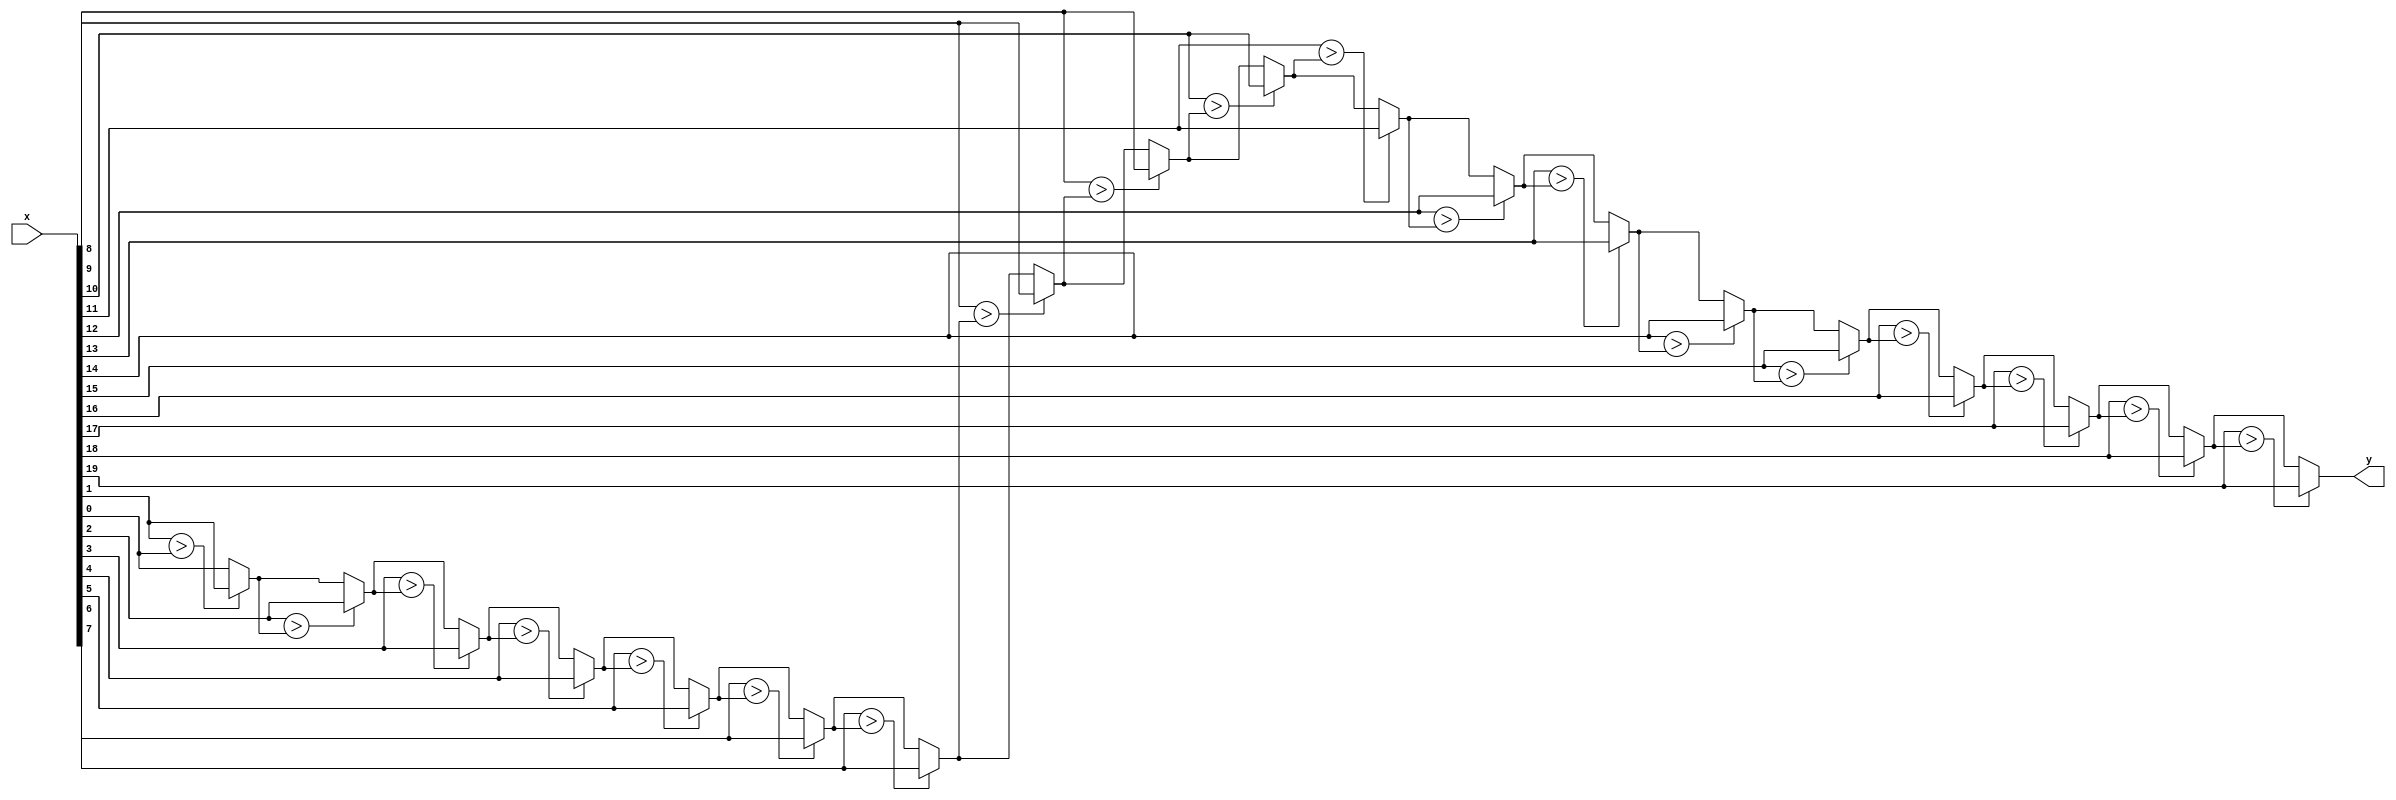
module array_reg(x,y);
input [19:0] x;
output reg y;
integer i = 0;
always @(*) 
begin
	y = x[0];
	for(i=1; i<20; i=i+1)
	begin
		if(x[i] > y)
			y = x[i];
	end
end
endmodule